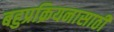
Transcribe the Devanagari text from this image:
बहुप्रक्रियनासाठी